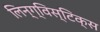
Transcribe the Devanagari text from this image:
लिन्ग्विस्टिक्स